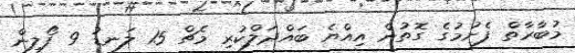
މުބާރާތް ފެށުމުގެ ގޮތުން އިއްޔެ ބައްދަލްކުރި މެޗް 15 ލަނޑު 9 ފޯލިން